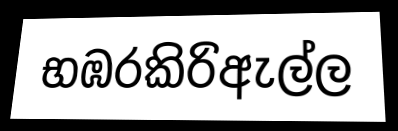
භඹරකිරිඇල්ල